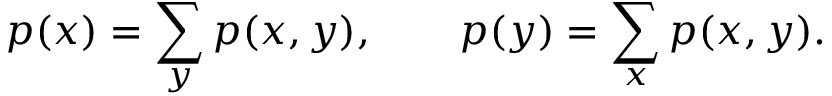
p ( x ) = \sum _ { y } p ( x , y ) , \qquad p ( y ) = \sum _ { x } p ( x , y ) .